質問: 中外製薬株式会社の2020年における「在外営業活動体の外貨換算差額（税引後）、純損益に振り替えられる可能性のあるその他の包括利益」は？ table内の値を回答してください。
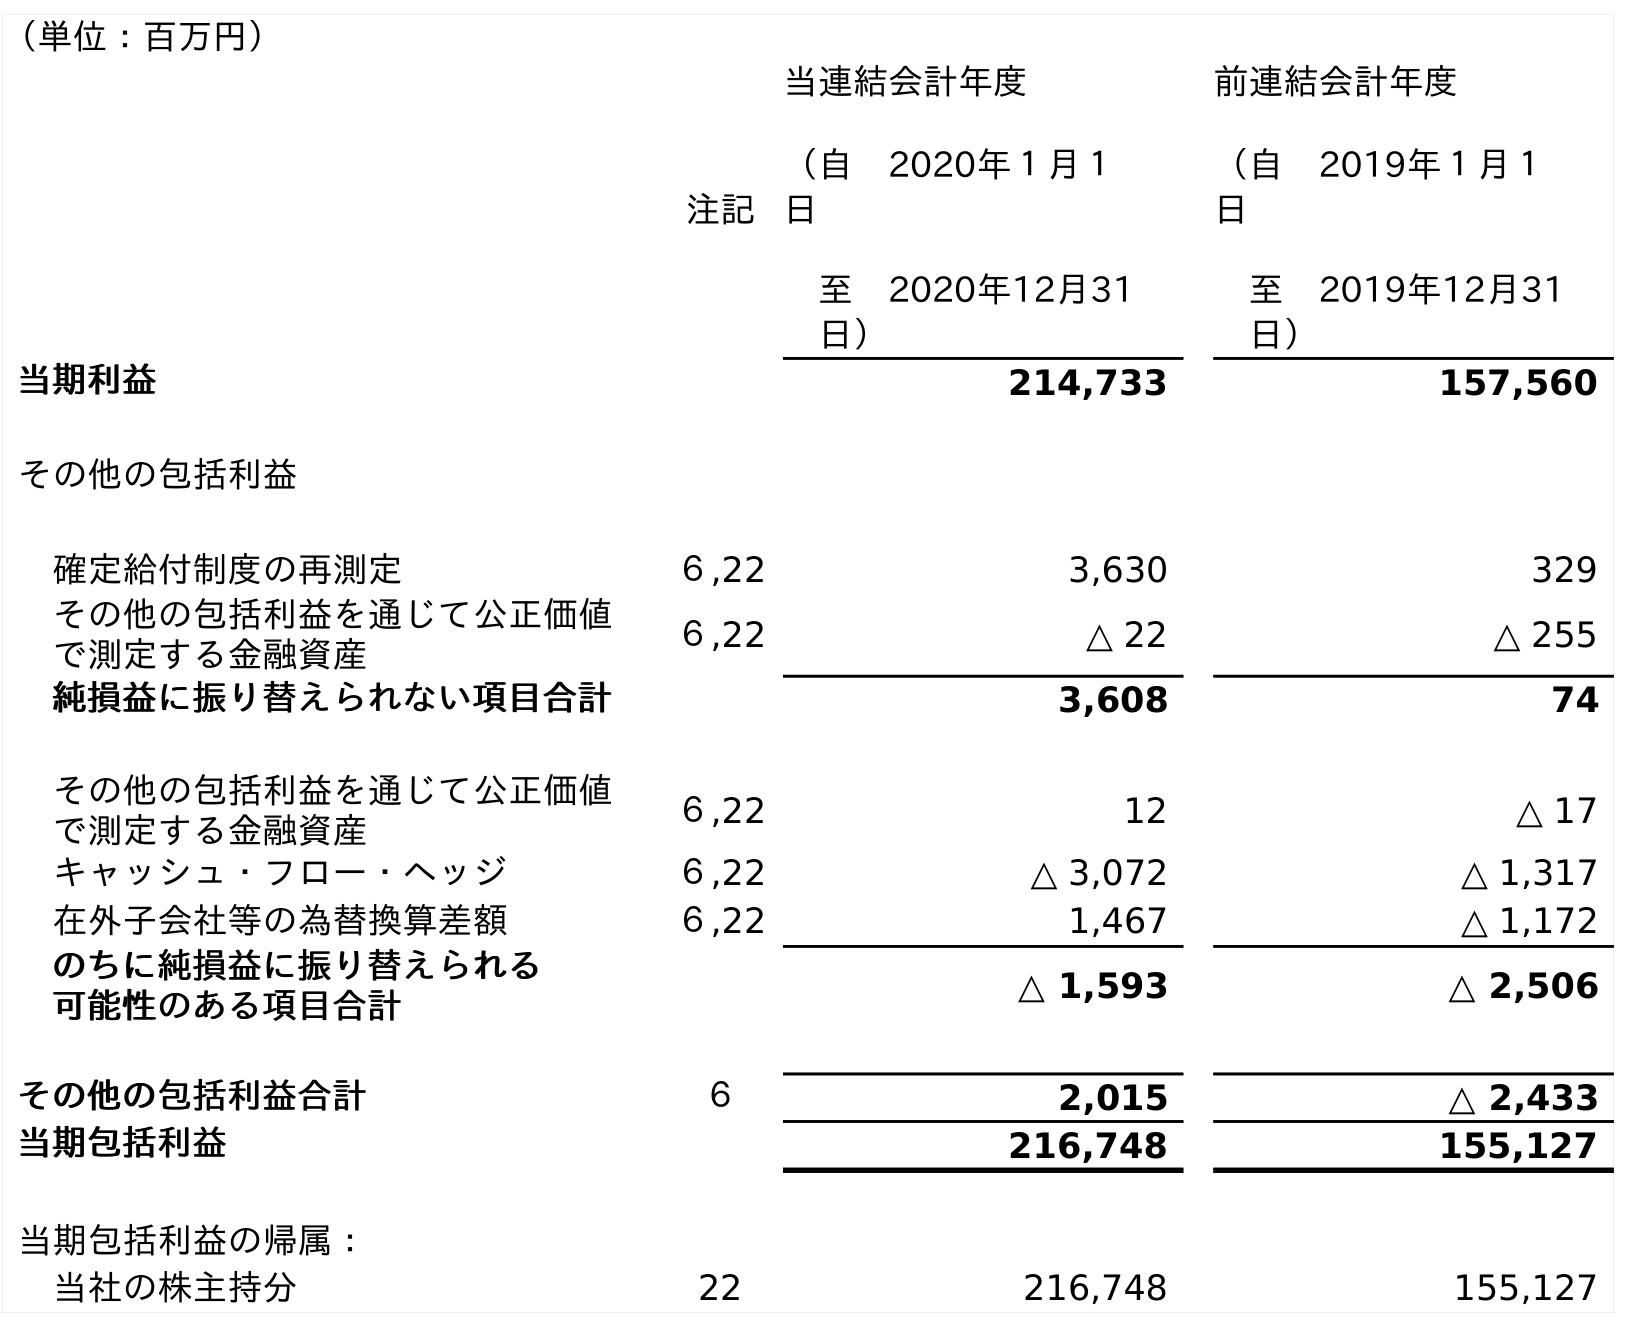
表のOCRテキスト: （単位：百万円） 注記 当連結会計年度 （自 2020年１月１ 日 至 2020年12月31 日） 前連結会計年度 （自 2019年１月１ 日 至 2019年12月31 日） 当期利益 214,733 157,560 その他の包括利益 確定給付制度の再測定 ６,22 3,630 329 その他の包括利益を通じて公正価値 で測定する金融資産 ６,22 △ 22 △ 255 純損益に振り替えられない項目合計 3,608 74 その他の包括利益を通じて公正価値 で測定する金融資産 ６,22 12 △ 17 キャッシュ・フロー・ヘッジ ６,22 △ 3,072 △ 1,317 在外子会社等の為替換算差額 ６,22 1,467 △ 1,172 のちに純損益に振り替えられる 可能性のある項目合計 △ 1,593 △ 2,506 その他の包括利益合計 ６ 2,015 △ 2,433 当期包括利益 216,748 155,127 当期包括利益の帰属： 当社の株主持分 22 216,748 155,127
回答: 1,467